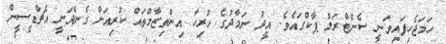
ހަމަޖެހިފައިވަނީ ސެންޓްރަލް ޕާކްގައެވެ. އީދު ނަމާދުގެ ހުރިހާ އިންތިޒާމްތައް ކުރިއަށް ގެންދަނީ އެޗްޑީސީން